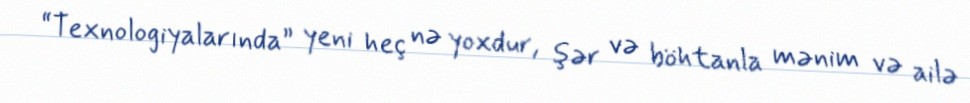
“Texnologiyalarında” yeni heç nə yoxdur, şər və böhtanla mənim və ailə